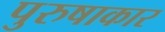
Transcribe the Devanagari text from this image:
पुरुषाकार